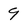
Character: 9